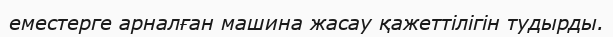
еместерге арналған машина жасау қажеттілігін тудырды.